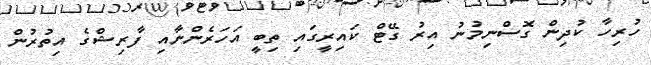
ހުރިހާ ކުދިން ގޮސްނިމުނު އިރު ގޭޓް ކައިރީގައި ތިބީ އަހަރެންނާއި ފާރިޝްގެ އިތުރުން